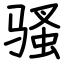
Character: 骚